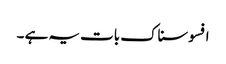
افسوسناک بات یہ ہے ۔